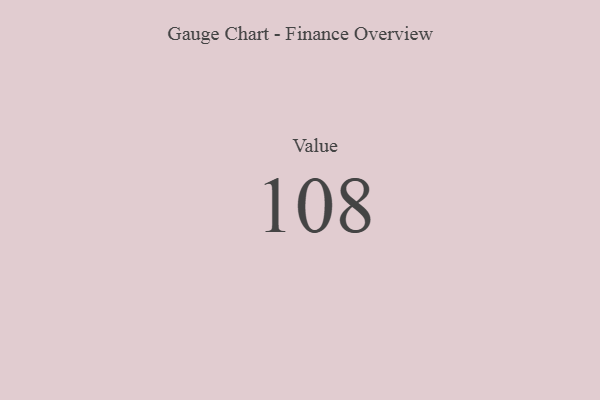
{"axis": {"x": "Metric", "y": "Value"}, "legend": [""], "data": [{"x": "Value", "y": 108, "type": ""}]}